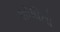
શોષિતો